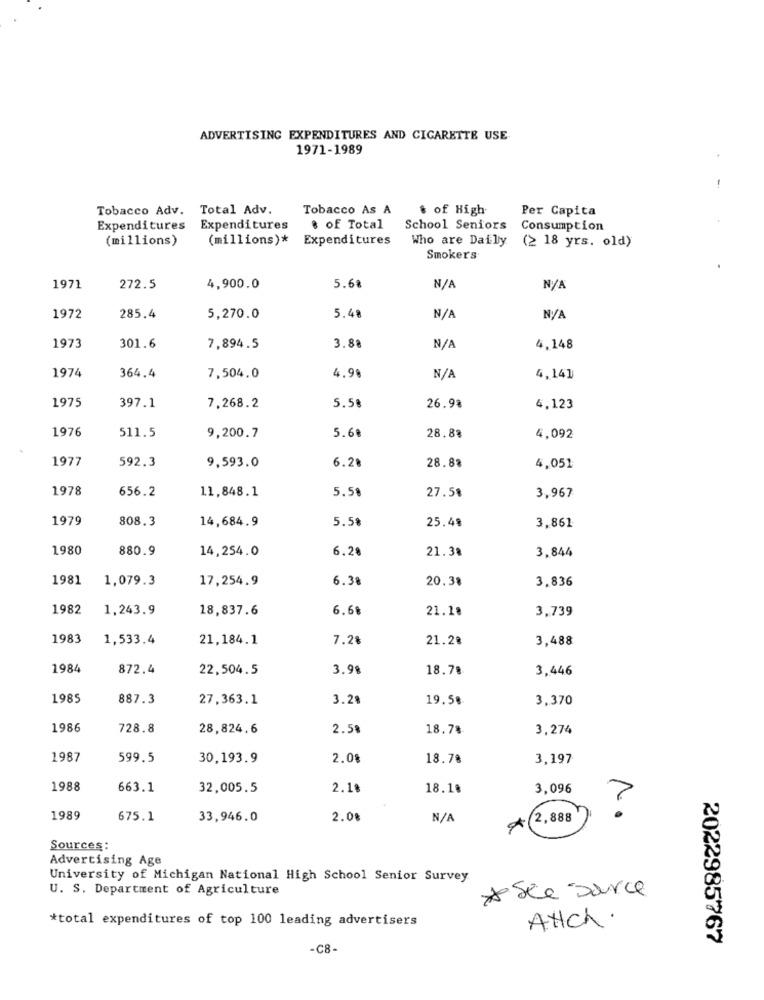
ADVERTISING EXPENDITURES AND CIGARETTE USE
1971-1989
Tobacco Adv. Total Adv.
Tobacco As A
$ of High
Per Capita
Expenditures Expenditures
8 of Total
School Seniors Consumption
(millions)
(millions)*
Expenditures
Who are Daily (≥ 18 yrs. old)
Smokers
1971
272.5
4,900.0
5.68
5.48
1972
285.4
5,270.0
1973
301.6
7,894.5
3.88
4.148
1974
364.4
7,504.0
4.98
N/
4,141
5.58
1975
397.1
7,268.2
26.98
4,123
1976
5.68
511.5
9,200.7
28.88
4,092
1977
592.3
6.28
28.88
9,593.0
4,051
1978
656.2
11,848.1
5.58
27.58
3,967
1979
808.3
14,684.9
5.58
25.48
3,861
1980
880.9
14,254.0
6.28
21.38
3.844
1981
1,079.3
17,254.9
6.38
20.38
3.836
1982
1,243.9
18,837.6
6.68
21.18
3,739
1983
1,533.4
21,184.1
7.2%
21.28
3,488
1984
872.4
22,504.5
3.98
18.78
3,446
1985
887.3
27,363.1
3.28
19.58
3,370
1986
728.8
28,824.6
2.58
18.78
3,274
1987
599.5
30,193.9
2.08
18.78
3,197
2
1988
663.1
32,005.5
2.18
18.18
3,096
1989
675.1
33,946.0
2.08
2,888
Sources :
Advertising Age
University of Michigan National High School Senior Survey
U. S. Department of Agriculture
*see source
*total expenditures of top 100 leading advertisers
AHCh.
2022985767
-C8-